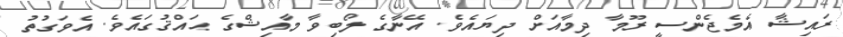
ރައިޝާ އެމެޖެންސީ ރޫމާ ދިމާއަށް ދިޔައެވެ. އޭނާގެ ލޯބިވާ މާއިޝްގެ ޙައްޤުގައެވެ. އެވަގުތު